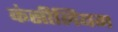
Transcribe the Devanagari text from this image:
कंसीलियम